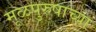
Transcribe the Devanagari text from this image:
मूळपुरुषाच्या